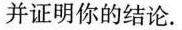
并证明你的结论。